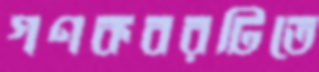
গণকবরটিতে